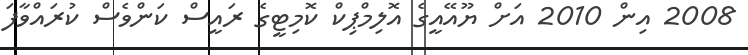
2008 އިން 2010 އަށް ޔޫއޭއީގެ އޮލިމްޕިކް ކޮމިޓީގެ ރައީސް ކަންވެސް ކުރައްވާފަ